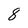
Character: 8